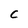
Character: C